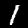
Label: 1